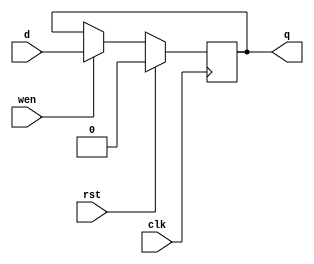
// Goku's D-flipflop

// simple dff
module dff (q, d, wen, clk, rst);
    output q; //DFF output
    input d; //DFF input
    input wen; //Write Enable
    input clk; //Clock
    input rst; //Reset (used synchronously)

    reg state;

    assign q = state;

    always @(posedge clk) begin
    state <= rst ? 0 : (wen ? d : state);
    end
endmodule